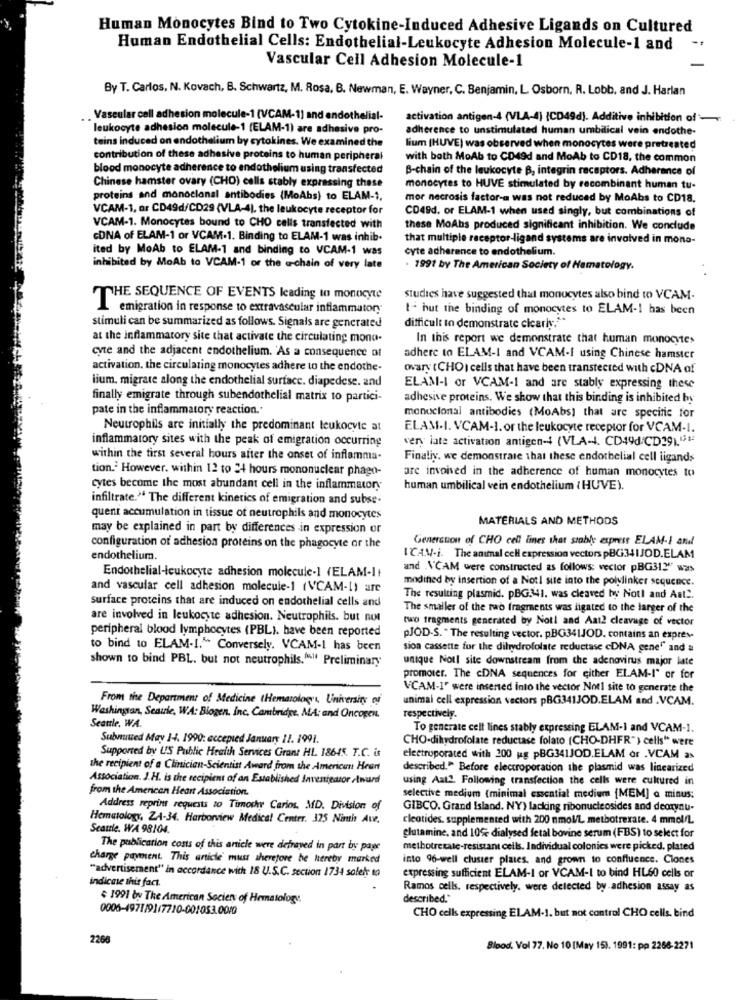
Human Monocytes Bind to Two Cytokine-Induced Adhesive Ligands on Cultured
Human Endothelial Cells: Endothelial-Leukocyte Adhesion Molecule-1 and
Vascular Cell Adhesion Molecule-1
By T. Carlos, N. Kovach, B. Schwartz, M. Rosa, B. Newman, E. Wayner, C. Benjamin, L. Osborn, R. Lobb, and J. Harlan
Vascular cell adhesion molecule-1 (VCAM-1] and endothelial-
activation antigen-4 (VLA-4) (CD49d). Additive inhibition of-
leukocyte adhesion molecule-1 (ELAM-1) are adhesive pro-
adherence to unstimulated human umbilical vein endothe-
teins induced on endothelium by cytokines. We examined the
lium (HUVE) was observed when monocytes were pretreated
contribution of these adhesive proteins to human peripheral
with bath MoAb to CD49d and MoAb to CD18, the common
blood monocyte adherence to endothelium using transfected
B-chain of the leukocyte B, integrin receptors. Adherance of
Chinese hamster ovary (CHO) calls stably expressing these
monocytes to HUVE stimulated by recombinant human tu-
proteins and monoclonal antibodies (MoAbs) to ELAM-1,
mor necrosis factor-a was not reduced by MoAbs to CD18.
VCAM-1, or CD49d/CD29 (VLA-4). the leukocyte receptor for
CD49d. or ELAM-1 when used singly, but combinations of
VCAM-1. Monocytes bound to CHO cells transfected with
these MoAbs produced significant inhibition. We conclude
CONA of ELAM-1 or VCAM.1. Binding to ELAM-1 was inhib.
that multiple receptor-ligand systems are involved in mono-
ited by MoAb to ELAM-1 and binding to VCAM-1 was
cyte adherence to endothelium.
inhibited by MoAb to VCAM-1 or the a-chain of very late
. 1991 by The American Society of Hamatology.
THE SEQUENCE OF EVENTS leading to monocyte
Studies have suggested that monocytes also bind to VCAM-
emigration in response to extravascular inflammatory
t- hut the binding of monocytes to ELAM-1 has been
stimuli can be summarized as follows. Signals are generated
difficult to demonstrate cicarly."
at the inflammatory site that activate the circulating mona-
In this report we demonstrate that human monocytes
cyte and the adjacent endothelium. 'As a consequence of
adhere to ELAM-1 and VCAM-I using Chinese hamster
activation, the circulating monocytes adhere to the endothe-
ovary ( CHO ) cells that have been transtected with cDNA of
lium. migrate along the endothelial surface. diapedese. and
ELAM-I or VCAM-1 and are stably expressing these
finally emigrate through subendothelial matrix to partici-
adhesive proteins. We show that this binding is inhibited by
pate in the inflammatory reaction.'
monoclonal antibodies (MoAbs] that are specific for
Neutrophils are initially the predominant leukocyte at
ELAM.I. VCAM-1. or the leukocyte receptor for VCAM-I.
inflammatory sites with the peak of emigration occurring
very iate activation antigen-4 (VLA -. CD49d/CD39).""
within the first several hours after the onset of inflamma-
Finaliy, we demonstrate that these endothelial cell ligands
tion. However. within 12 to 24 hours mononuclear phago-
are invoived in the adherence of human monocytes to
cytes become the most abundant cell in the inflammatory
human umbilical vein endothelium (HUVE).
infiltrate." The different kinetics of emigration and subse-
quent accumulation in tissue of neutrophils and monocytes
MATERIALS AND METHODS
may be explained in part by differences in expression or
Genercuon of CHO cell lines that stable express ELAM-1 andl
configuration of adhesion proteins on the phagocyte or the
endothelium
ICAN-i. The animal cell expression vectors pBG34IJOD.ELAM
and \'CAM were constructed as follows: vector pBG31" was
Endothelial-leukocyte adhesion molecule-1 (ELAM-It
modified by insertion of a Not! site into the polylinker sequence.
and vascular cell adhesion molecule-1 (VCAM-1) are
The resulting plasmid. pBG341. was cleaved by Noti and Ant ..
surface proteins that are induced on endothelial cells and
The smaller of the two fragments was ligated to the larger of the
are involved in leukocyte adhesion. Neutrophils. but not
two fragments generated by Noti and Aat2 cleavage of vector
peripheral blood lymphocytes (PBL). have been reported
pJOD.S. "The resulting vector. pBG341JOD. contains an expres-
to bind to ELAM-I." Conversely. VCAM-1 has been
sion cassette for the dihydrofolate reductase cDNA gene" and a
shown to bind PBL. but not neutrophils."" Preliminary
unique Notl site downstream from the adenovirus major late
promoter. The cDNA sequences for either ELAM-I" or for
VCAM-1" were inserted into the vector Notl site to generate the
From the Department of Medicine (Hematology, University of
unimal cell expression vectors pBG341JOD.ELAM and .VCAM.
Washingsan, Seattle, WA: Biogen. inc. Cambridge, MA: and Oncogen.
respectively.
Seattle, WA.
To generate cell lines stably expressing ELAM-1 and VCAM-1.
Submitted May I4. 1990: accepted January 11. 1991.
CHO-dihydrofolate reductase folato (CHO-DHFR") cells" were
Supported by U'S Public Health Services Grant HL. 18645. T.C. is
electroporated with 200 ug pBG341JOD.ELAM or .VCAM as
the recipient of a Clinician-Scientist Award from the American Heart
described." Before electroporation the plasmid was linearized
Association. J.H. is the recipient of an Established Inventeazor /wurd
using Aat2. Following transfection the cells were cultured in
from the American Heart Association.
selective medium (minimal essential medium (MEM] a minus:
Address reprint requests to Timothy Carios, MD. Division of
GIBCO. Grand Island. NY) lacking ribonucleosides and deoxynu-
Hematology, ZA-34. Harborview Medical Center. 325 Ninth Au,
cleotides. supplemented with 200 mmol/L methotrexate. 4 mmol/L
Seattle, WA 98104.
glutamine, and 10% dialysed fetal bovine serum (FBS) to select for
The publication costs of this anicle were defraved in part by page
methotrexate-resistant cells. Individual colonies were picked, plated
charge payment. This article' must therefore he hereby marked
into 96-well cluster plates, and grown to confluence. Clones
"advertisement" in accordance with 18 U.S.C. section 1734 solet to
expressing sufficient ELAM-I or VCAM-I to bind HL60 cells or
indicate this fact.
Ramos cells, respectively. were detected by adhesion assay as
$ 1991 by The American Society of Hematology.
described."
0006-4971/91/7710-001053.0010
CHO cells expressing ELAM-1. but not control CHO cells. bind
2266
Blood. Vol 77. No 10 [May 15). 1991: pp 2268-2271